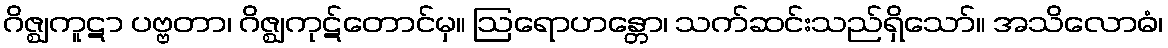
ဂိဇ္ဈကူဋာ ပဗ္ဗတာ၊ ဂိဇ္ဈကုဋ်တောင်မှ။ ဩရောဟန္တော၊ သက်ဆင်းသည်ရှိသော်။ အသိလောဓံ၊